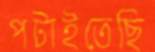
পটাইতেছি